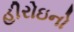
હીરોઇનો